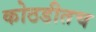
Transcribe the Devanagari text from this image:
कोठडीतच